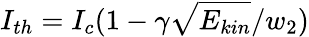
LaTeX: I_{th}=I_{c}(1-\gamma\sqrt{E_{kin}}/w_{2})